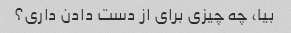
بیا، چه چیزی برای از دست دادن داری؟